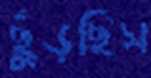
ছুঁড়ছিস